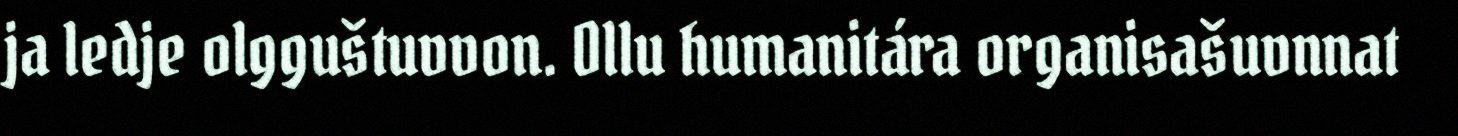
ja ledje olgguštuvvon. Ollu humanitára organisašuvnnat